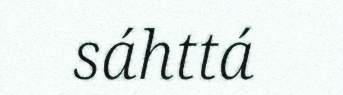
sáhttá